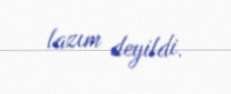
lazım deyildi.